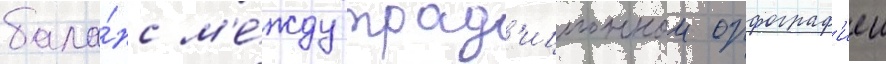
бала́нс м'е́жду трад'иционнои орфограф'иеи